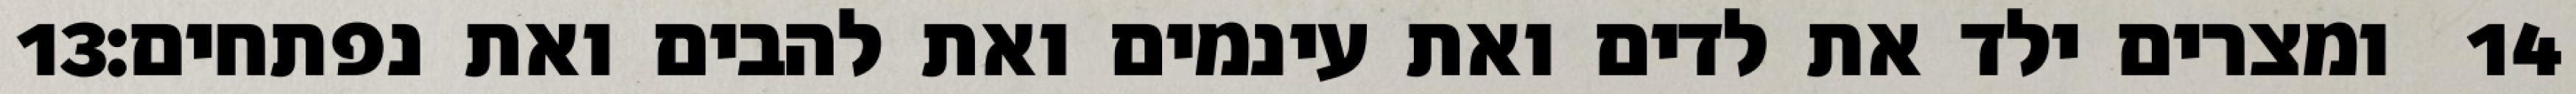
‎13‏ ומצרים ילד את לדים ואת עינמים ואת להבים ואת נפתחים׃ ‎14‏